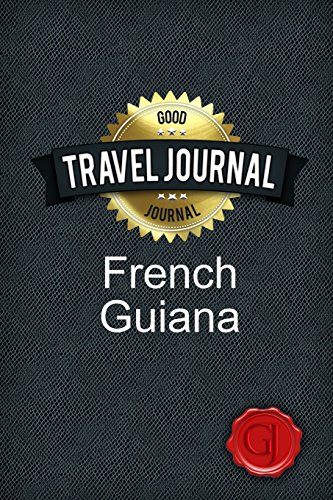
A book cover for Travel Journal French Guiana; Good Journal; Travel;